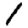
Digit: 1